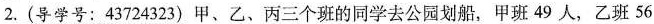
2.(导学号：43724323)甲、乙、丙三个班的同学去公园划船，甲班49人，乙班56